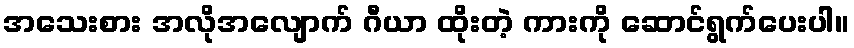
အသေးစား အလိုအလျောက် ဂီယာ ထိုးတဲ့ ကားကို ဆောင်ရွက်ပေးပါ။